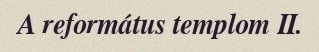
A református templom II.